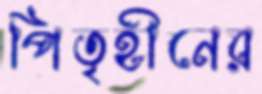
পিতৃহীনের